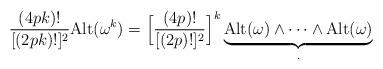
LaTeX: \begin{align*}\frac{ (4pk)!}{[(2pk)!]^2}{\rm Alt}(\omega^k)=\Big[ \frac{(4p)!}{[(2p)!]^2}\Big]^k \underbrace{ {\rm Alt}(\omega)\wedge \cdots \wedge {\rm Alt}(\omega)}_.\end{align*}